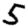
Digit: 5